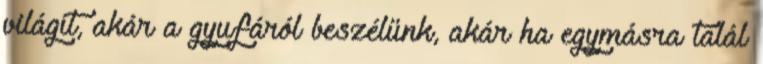
világít, akár a gyufáról beszélünk, akár ha egymásra talál